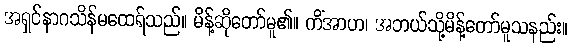
အရှင်နာဂသိန်မထေရ်သည်။ မိန့်ဆိုတော်မူ၏။ ကိံအာဟ၊ အဘယ်သို့မိန့်တော်မူသနည်း။